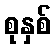
စုနှစ်